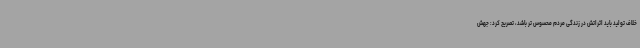
خلاف تولید باید اثراتش در زندگی مردم محسوس تر باشد، تصریح کرد: جهش